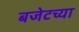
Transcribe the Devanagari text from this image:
बजेटच्या